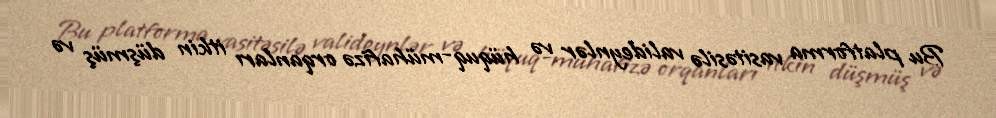
Bu platforma vasitəsilə valideynlər və hüquq-mühafizə orqanları itkin düşmüş və